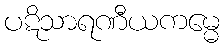
ပဋိသာရဏီယကမ္မေ